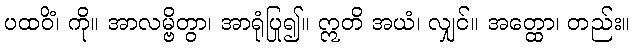
ပထဝိံ၊ ကို။ အာလမ္ဗိတွာ၊ အာရုံပြု၍။ ဣတိ အယံ၊ လျှင်။ အတ္ထော၊ တည်း။